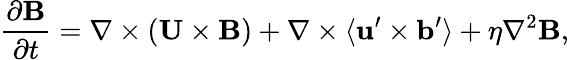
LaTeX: \frac{\partial{\mathbf{B}}}{\partial t}=\nabla\times({\mathbf{U}}\times{\mathbf{B}})+\nabla\times\langle{{\mathbf{u}}^{\prime}\times{\mathbf{b}}^{\prime}}\rangle+\eta\nabla^{2}{\mathbf{B}},